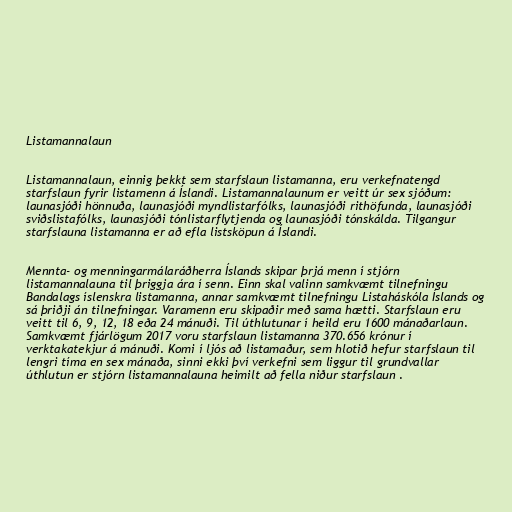
Listamannalaun

Listamannalaun, einnig þekkt sem starfslaun listamanna, eru verkefnatengd
starfslaun fyrir listamenn á Íslandi. Listamannalaunum er veitt úr sex sjóðum:
launasjóði hönnuða, launasjóði myndlistarfólks, launasjóði rithöfunda, launasjóði
sviðslistafólks, launasjóði tónlistarflytjenda og launasjóði tónskálda. Tilgangur
starfslauna listamanna er að efla listsköpun á Íslandi.

Mennta- og menningarmálaráðherra Íslands skipar þrjá menn í stjórn
listamannalauna til þriggja ára í senn. Einn skal valinn samkvæmt tilnefningu
Bandalags íslenskra listamanna, annar samkvæmt tilnefningu Listaháskóla Íslands og
sá þriðji án tilnefningar. Varamenn eru skipaðir með sama hætti. Starfslaun eru
veitt til 6, 9, 12, 18 eða 24 mánuði. Til úthlutunar í heild eru 1600 mánaðarlaun.
Samkvæmt fjárlögum 2017 voru starfslaun listamanna 370.656 krónur í
verktakatekjur á mánuði. Komi í ljós að listamaður, sem hlotið hefur starfslaun til
lengri tíma en sex mánaða, sinni ekki því verkefni sem liggur til grundvallar
úthlutun er stjórn listamannalauna heimilt að fella niður starfslaun .